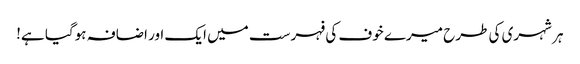
ہر شہری کی طرح میرے خوف کی فہرست میں ایک اور اضافہ ہوگیا ہے!